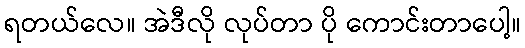
ရတယ်လေ။ အဲဒီလို လုပ်တာ ပို ကောင်းတာပေါ့။